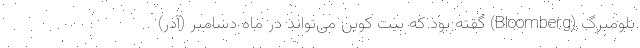
بلومبرگ (Bloomberg) گفته بود که بیت کوین می‌تواند در ماه دسامبر (آذر)